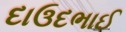
દાઉદભાઈ